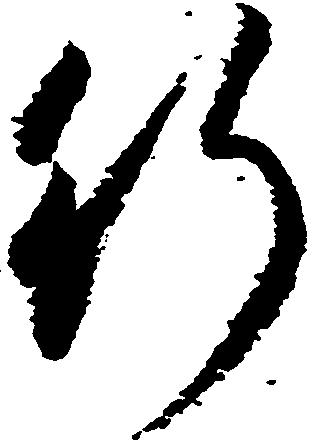
行